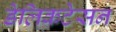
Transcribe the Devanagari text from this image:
डेलिकटेसन